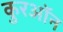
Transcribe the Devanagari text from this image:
कुरऑन